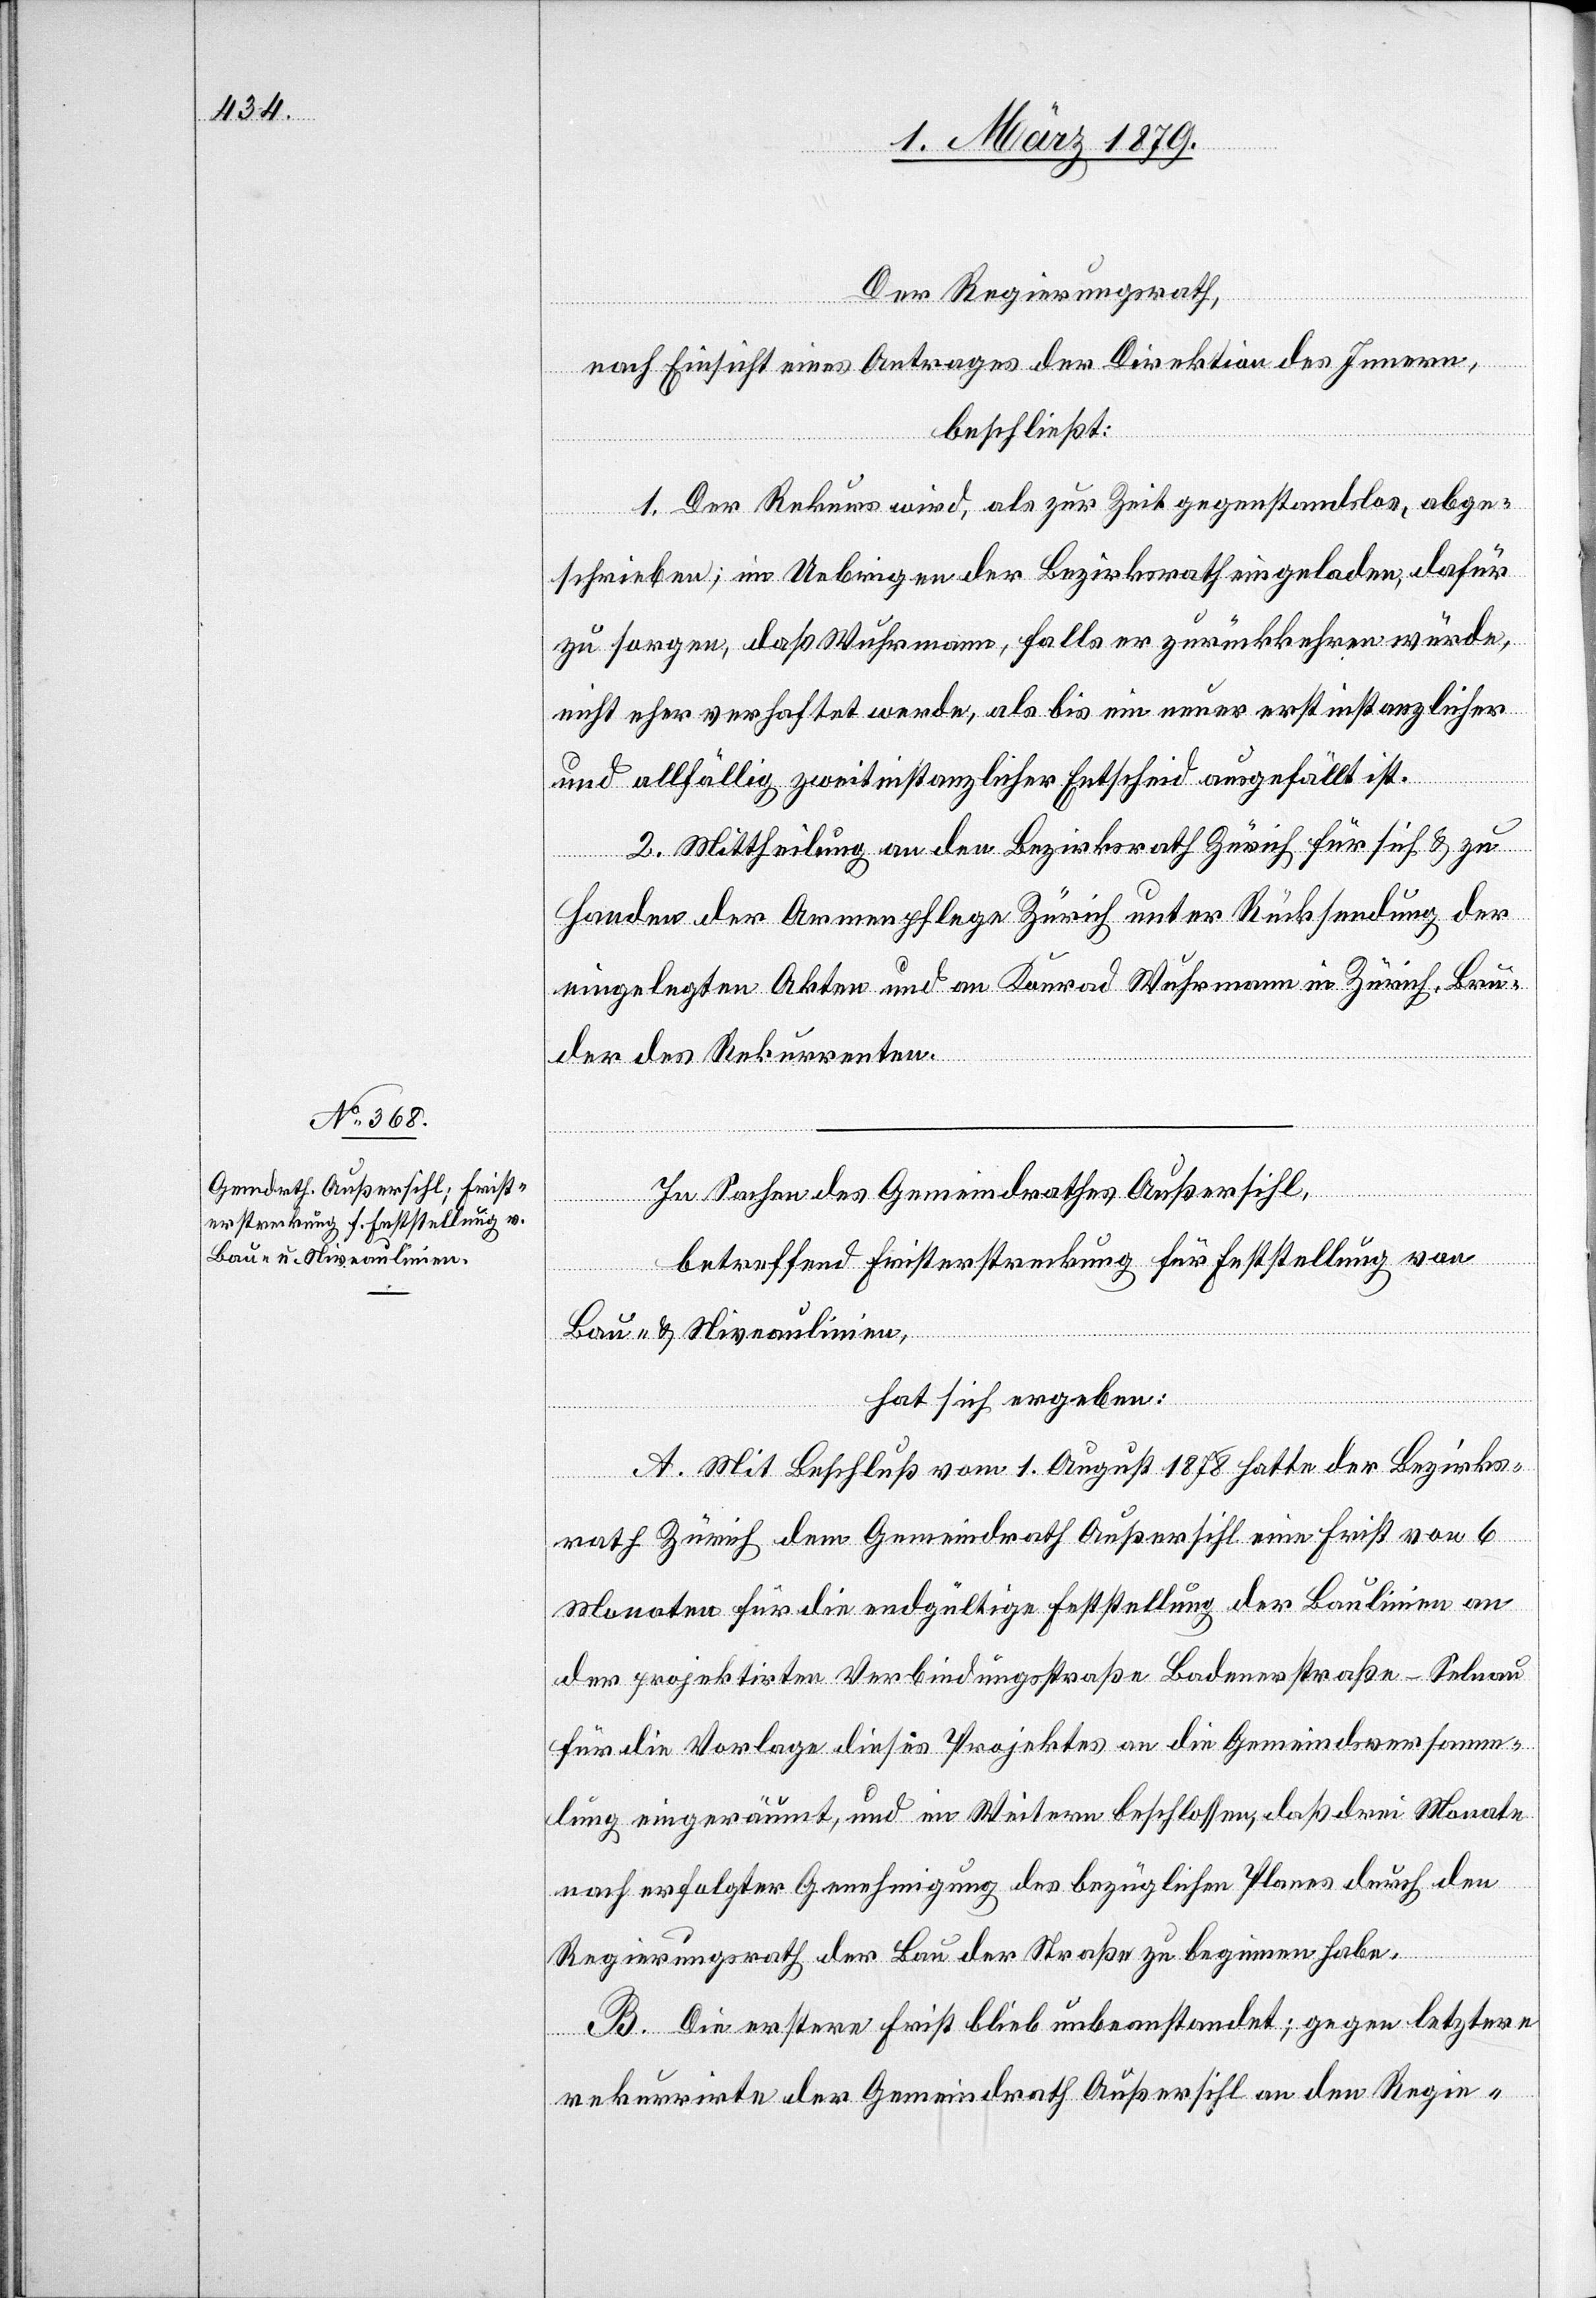
Der Regierungsrath,
nach Einsicht eines Antrages der Direktion des Innern,
beschließt:
1. Der Rekurs wird, als zur Zeit gegenstandslos, abge¬
wiesen; im Uebrigen der Bezirksrath eingeladen, dafür
zu sorgen, daß Wuhrmann, falls er zurückkommen würde,
nicht eher verhaftet werde, als bis ein neuer erstinstanzlicher
allfällig zweitinstanzlicher Entscheid ausgefällt sei.
2. Mittheilung an den Bezirksrath Zürich für sich & zu
Handen der Armenpflege Zürich unter Rücksendung der
eingelegten Akten und an Konrad Wuhrmann in Zürich, Bru¬
der des Rekurrenten.
In Sachen des Gemeindrathes Außersihl,
betreffend Fristerstreckung für Feststellung von
Bau- & Niveaulinien,
hat sich ergeben:
A. Mit Beschluß vom 1. August 1878 hatte der Bezirks¬
rath Zürich dem Gemeindrath Außersihl eine Frist von 6
Monaten für die endgültige Feststellung der Baulinien an
der projektirten Verbindungsstraße Badenerstraße–Selnau
für die Vorlage dieses Projektes an die Gemeindsversamm¬
lung eingeräumt, und im Weitern beschlossen, daß drei Monate
nach erfolgter Genehmigung des bezüglichen Planes durch den
Regierungsrath der Bau der Straße zu beginnen habe.
B. Die erstere Frist blieb unbeanstandet; gegen letztere
rekurrirte der Gemeindrath Außersihl an den Regie-